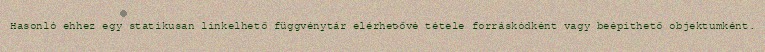
Hasonló ehhez egy statikusan linkelhető függvénytár elérhetővé tétele forráskódként vagy beépíthető objektumként.